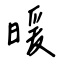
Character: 暖